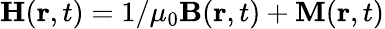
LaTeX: \boldsymbol{\mathbf{H}}(\boldsymbol{\mathbf{r}},t)=1/\mu_{0}\boldsymbol{\mathbf{B}}(\boldsymbol{\mathbf{r}},t)+\boldsymbol{\mathbf{M}}(\boldsymbol{\mathbf{r}},t)